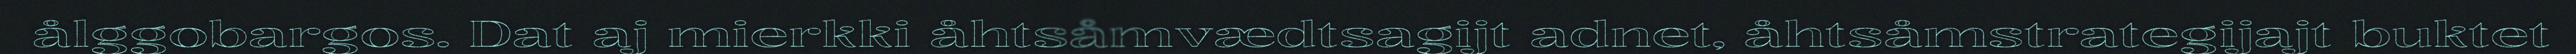
ålggobargos. Dat aj mierkki åhtsåmvædtsagijt adnet, åhtsåmstrategijajt buktet